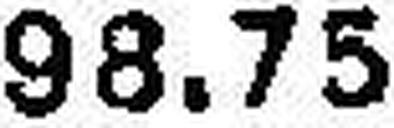
98.75